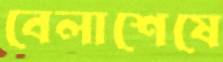
বেলাশেষে